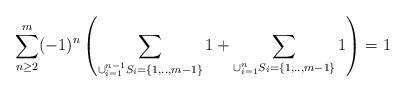
LaTeX: \begin{align*}\sum_{n\geq 2}^{m}(-1)^n\left(\sum_{\cup_{i=1}^{n-1}S_{i}=\{1,..,m-1\}}1+\sum_{\cup_{i=1}^{n}S_{i}=\{1,..,m-1\}}1\right)=1\end{align*}